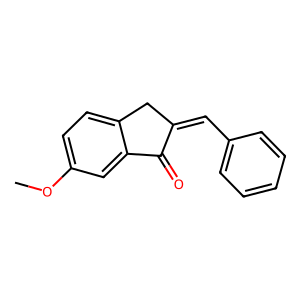
SMILES: COc1ccc2c(c1)C(=O)C(=Cc1ccccc1)C2
Inhibits HIV replication: No